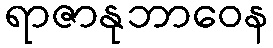
ရာဇာနုဘာဝေန